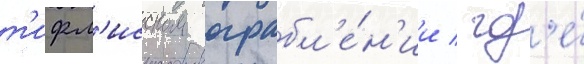
т'ифл'исском ограбл'е́н'ии / гд'е́